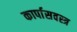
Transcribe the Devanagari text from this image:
कार्पासवस्त्र